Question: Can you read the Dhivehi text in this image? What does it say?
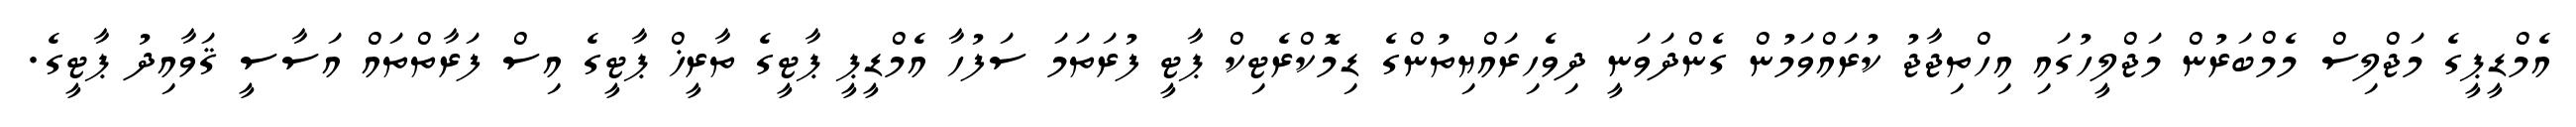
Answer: އެމްޑީޕީގެ މަޖްލިސް މެމްބަރުން މަޖްލީހުގައި އިހްތިޖާޖު ކުރައްވަމުން ގެންދަވަނީ ދިވެހިރައްޔިތުންގެ ޑިމޮކްރެޓިކް ޕާޓީ ފުރަތަމަ ސަފުހާ އެމްޑީޕީ ޕާޓީގެ ތާރީޚް ޕާޓީގެ އިސް ފަރާތްތައް އަސާސީ ޤަވާއިދު ޕާޓީގެ.